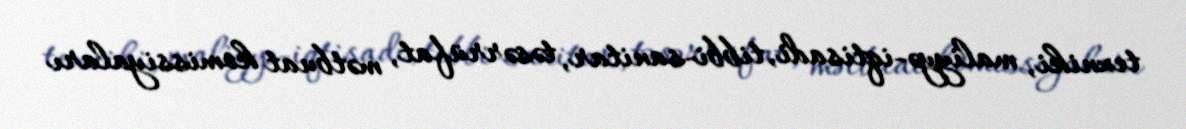
texniki, maliyyə-iqtisadi, tibbi-sanitar, təsərrüfat, mətbuat komissiyaları